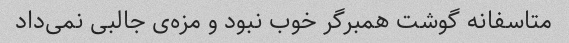
متاسفانه گوشت همبرگر خوب نبود و مزه‌ی جالبی نمی‌داد